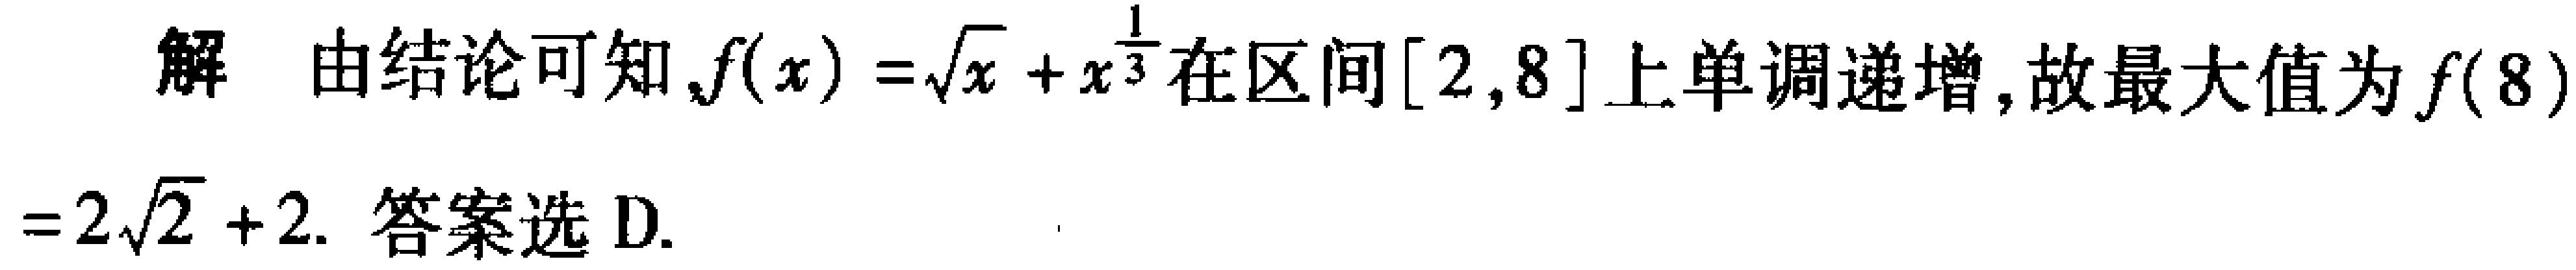
解 由结论可知,$f(x)=\sqrt{x}+x^{\frac{1}{3}}$在区间$[2,8]$上单调递增, 故最大值为$f(8)=2\sqrt{2}+2$. 答案选 D.